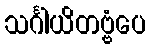
သင်္ဂါယိတဗ္ဗံပေ